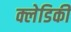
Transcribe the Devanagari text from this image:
क्लेडिकी